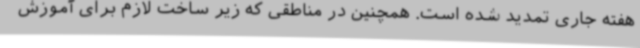
هفته جاری تمدید شده است. همچنین در مناطقی که زیر ساخت لازم برای آموزش